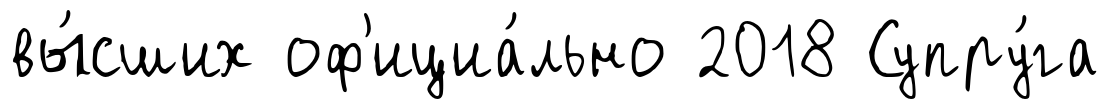
вы́сших оф'ициа́льно 2018 Супру́га